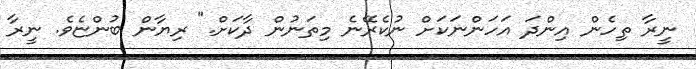
ނީރާ ތިހެން އިންދަ އަހަންނަކަށް ނުކެރޭނެ މިތަނުން ދާކަށް." ރިޔާން ބުންޏެވެ. ނީރާ